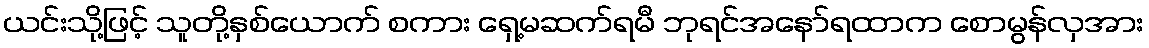
ယင်းသို့ဖြင့် သူတို့နှစ်ယောက် စကား ရှေ့မဆက်ရမီ ဘုရင်အနော်ရထာက စောမွန်လှအား